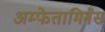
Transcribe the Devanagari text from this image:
अम्फेतामिनेस